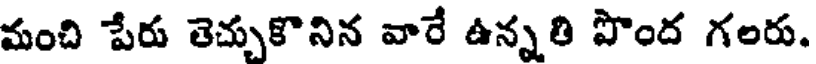
మంచి పేరు తెచ్చుకొనిన వారే ఉన్నతి పొంద గలరు.